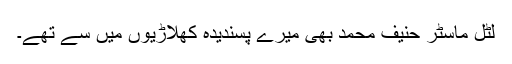
لٹل ماسٹر حنیف محمد بھی میرے پسندیدہ کھلاڑیوں میں سے تھے۔